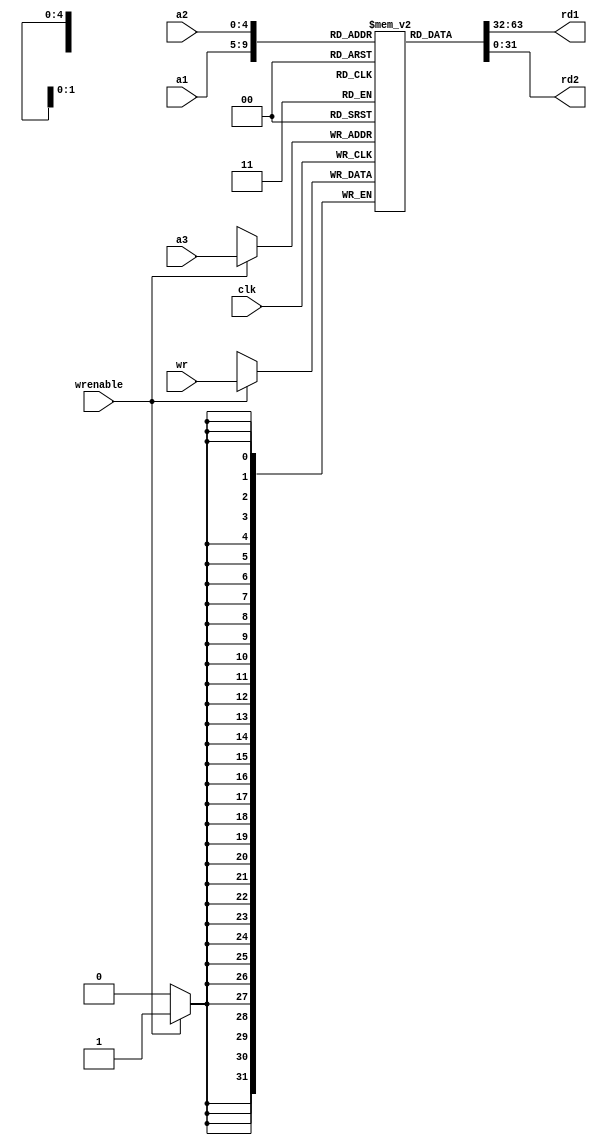
`define adwidth 5
`define datawidth 32
module regfile #(parameter MEM=32)
(
    output[`datawidth-1:0] rd1,rd2,
    input [`adwidth-1:0] a1,a2,a3,
    input [`datawidth-1:0] wr,
    input clk,wrenable);

    reg[`datawidth-1:0] registers[MEM-1:0];
    initial
        registers[0]=0;
    assign rd1 = registers[a1];
    assign rd2 = registers[a2];
    always @ (posedge clk)
        if(wrenable) 
			registers[a3]<=wr;
endmodule